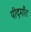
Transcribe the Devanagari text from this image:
पीदमाँत